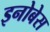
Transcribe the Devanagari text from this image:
इनोबेस